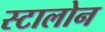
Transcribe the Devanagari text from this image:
स्टालोन